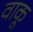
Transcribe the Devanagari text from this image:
वाकू